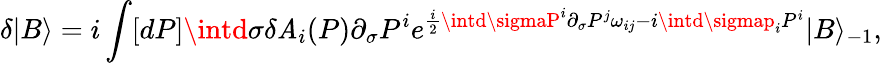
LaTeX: \delta|B\rangle=i\int[dP]\intd\sigma\delta\mathit{A}_{i}(P)\partial_{\sigma}P^{i}e^{\frac{{i}}{{2}}\intd\sigmaP^{i}\partial_{\sigma}P^{j}\omega_{ij}-i\intd\sigmap_{i}P^{i}}|B\rangle_{-1},